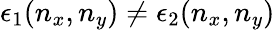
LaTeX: \epsilon_{1}(n_{x},n_{y})\neq\epsilon_{2}(n_{x},n_{y})